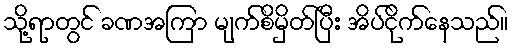
သို့ရာတွင် ခဏအကြာ မျက်စိမှိတ်ပြီး အိပ်ငိုက်နေသည်။